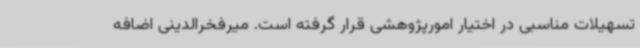
تسهیلات مناسبی در اختیار امورپژوهشی قرار گرفته است. میرفخرالدینی اضافه